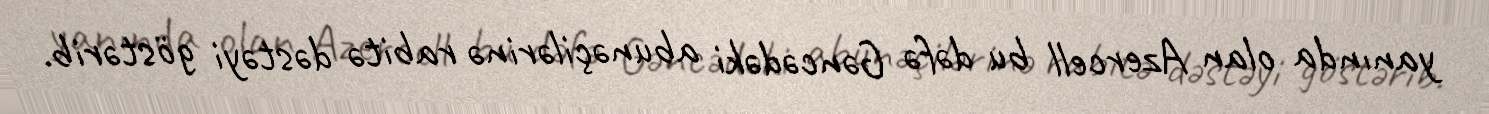
yanında olan Azercell bu dəfə Gəncədəki abunəçilərinə rabitə dəstəyi göstərib.